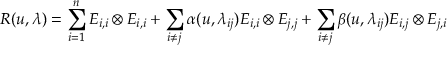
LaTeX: R ( u , \lambda ) = \sum _ { i = 1 } ^ { n } E _ { i , i } \otimes E _ { i , i } + \sum _ { i \neq j } \alpha ( u , \lambda _ { i j } ) E _ { i , i } \otimes E _ { j , j } + \sum _ { i \neq j } \beta ( u , \lambda _ { i j } ) E _ { i , j } \otimes E _ { j , i }